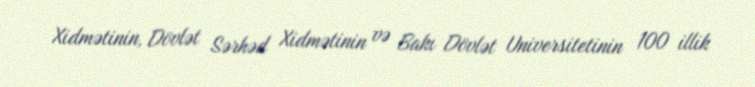
Xidmətinin, Dövlət Sərhəd Xidmətinin və Bakı Dövlət Universitetinin 100 illik